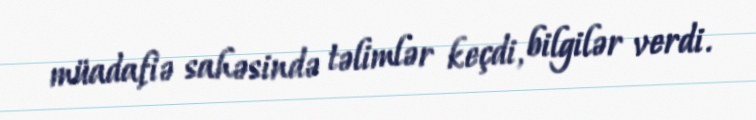
müadafiə sahəsində təlimlər keçdi, bilgilər verdi.